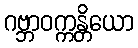
ဂဗ္ဘာဝက္ကန္တိယော